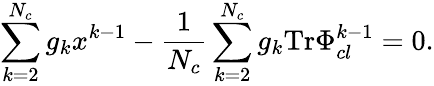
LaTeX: \sum_{k=2}^{N_{c}}g_{k}x^{k-1}-\frac{1}{N_{c}}\sum_{k=2}^{N_{c}}g_{k}\mathrm{Tr}\Phi_{cl}^{k-1}=0.